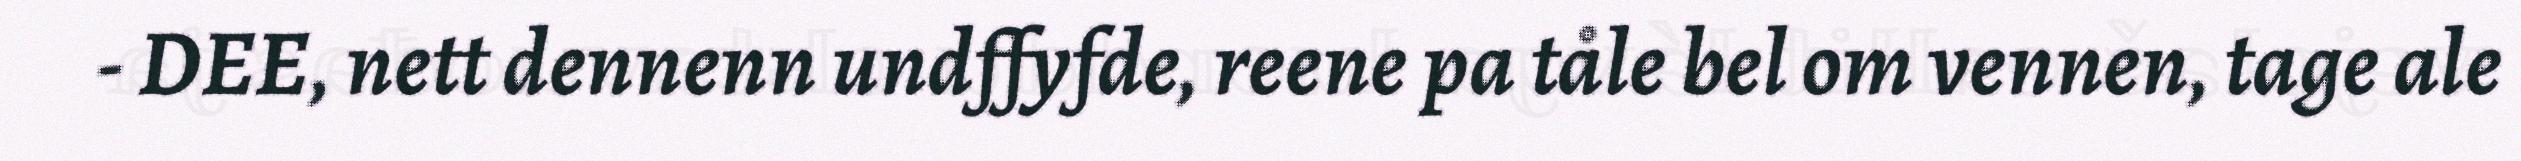
- DEE, nett dennenn undffyfde, reene pa tåle bel om vennen, tage ale